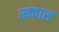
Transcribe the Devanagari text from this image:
स्क्वास